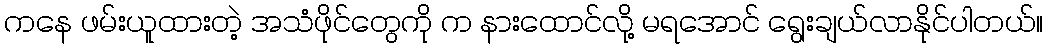
ကနေ ဖမ်းယူထားတဲ့ အသံဖိုင်တွေကို က နားထောင်လို့ မရအောင် ရွေးချယ်လာနိုင်ပါတယ်။